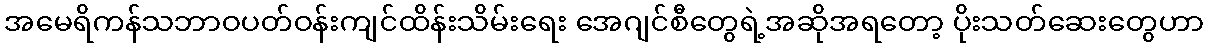
အမေရိကန်သဘာဝပတ်ဝန်းကျင်ထိန်းသိမ်းရေး အေဂျင်စီတွေရဲ့အဆိုအရတော့ ပိုးသတ်ဆေးတွေဟာ